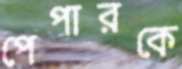
পেপারকে